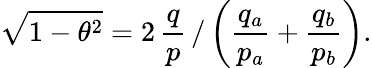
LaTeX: \sqrt{1-\theta^{2}}=2\, \frac{q}{p}\, /\left(\frac{q_{a}}{p_{a}}+\frac{q_{b}}{p_{b}}\right).